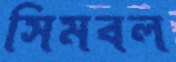
সিমবল